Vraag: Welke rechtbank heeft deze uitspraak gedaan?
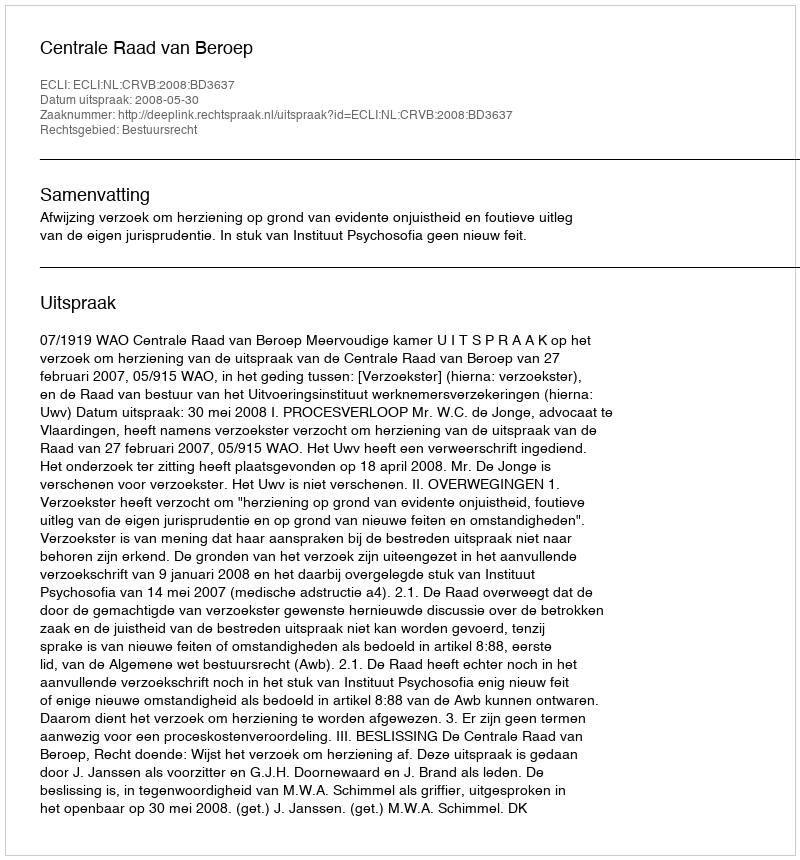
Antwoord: Centrale Raad van Beroep